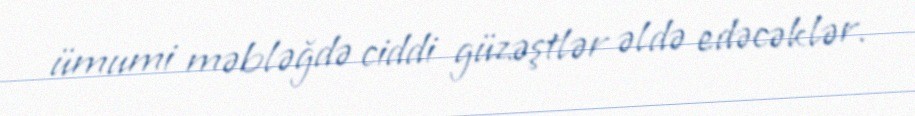
ümumi məbləğdə ciddi güzəştlər əldə edəcəklər.